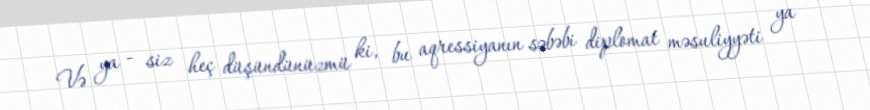
Və ya - siz heç düşündünüzmü ki, bu aqressiyanın səbəbi diplomat məsuliyyəti ya